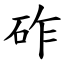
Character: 砟